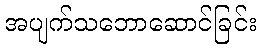
အပျက်သဘောဆောင်ခြင်း